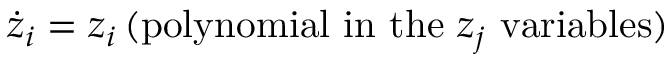
{ \dot { z } } _ { i } = z _ { i } \, ( \mathrm { p o l y n o m i a l ~ i n ~ t h e ~ } z _ { j } \mathrm { ~ v a r i a b l e s } )